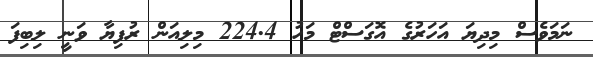
ނަމަވެސް މިދިޔަ އަހަރުގެ އޮގަސްޓް މަހު 224.4 މިލިއަން ރުފިޔާ ވަނީ ލިބިފަ